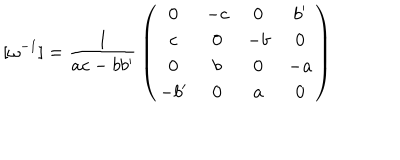
[ { { \omega } ^ { - 1 } } ] = { \frac { 1 } { a c - b { b ^ { \prime } } } } \left( \begin{matrix} { { 0 } } & { { - c } } & { { 0 } } & { { { b ^ { \prime } } } } \\ { { c } } & { { 0 } } & { { - b } } & { { 0 } } \\ { { 0 } } & { { b } } & { { 0 } } & { { - a } } \\ { { - { b ^ { \prime } } } } & { { 0 } } & { { a } } & { { 0 } } \\ \end{matrix} \right)